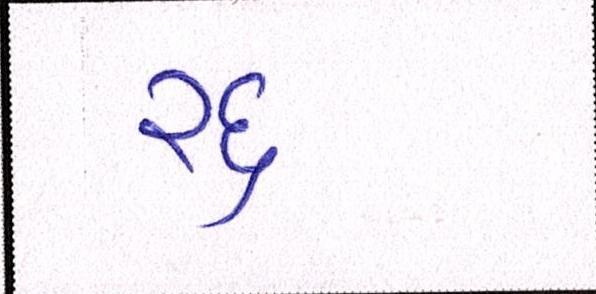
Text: રદ્દ